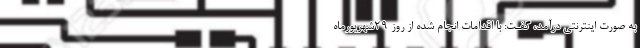
به صورت اینترنتی درآمد، گفـت: با اقدامات انجام شده از روز ۲۹شهریورماه